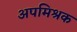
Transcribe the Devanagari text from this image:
अपमिश्रक